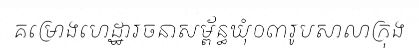
គម្រោងហេដ្ឋារចនាសម្ព័ន្ធឃុំ០៣រូបសាលាក្រុង